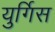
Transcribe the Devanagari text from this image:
युर्गिस